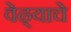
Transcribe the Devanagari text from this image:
वेढ्याचे